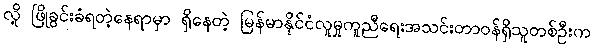
လို့ ဖြိုခွင်းခံရတဲ့နေရာမှာ ရှိနေတဲ့ မြန်မာနိုင်ငံလူမှုကူညီရေးအသင်းတာဝန်ရှိသူတစ်ဦးက